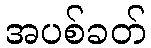
အပစ်ခတ်